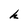
Character: h